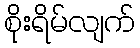
စိုးရိမ်လျက်